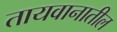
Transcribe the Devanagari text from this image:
तायवानातील